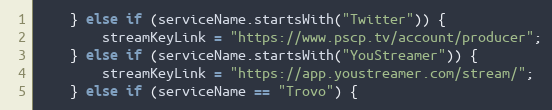
Language: C++
	} else if (serviceName.startsWith("Twitter")) {
		streamKeyLink = "https://www.pscp.tv/account/producer";
	} else if (serviceName.startsWith("YouStreamer")) {
		streamKeyLink = "https://app.youstreamer.com/stream/";
	} else if (serviceName == "Trovo") {